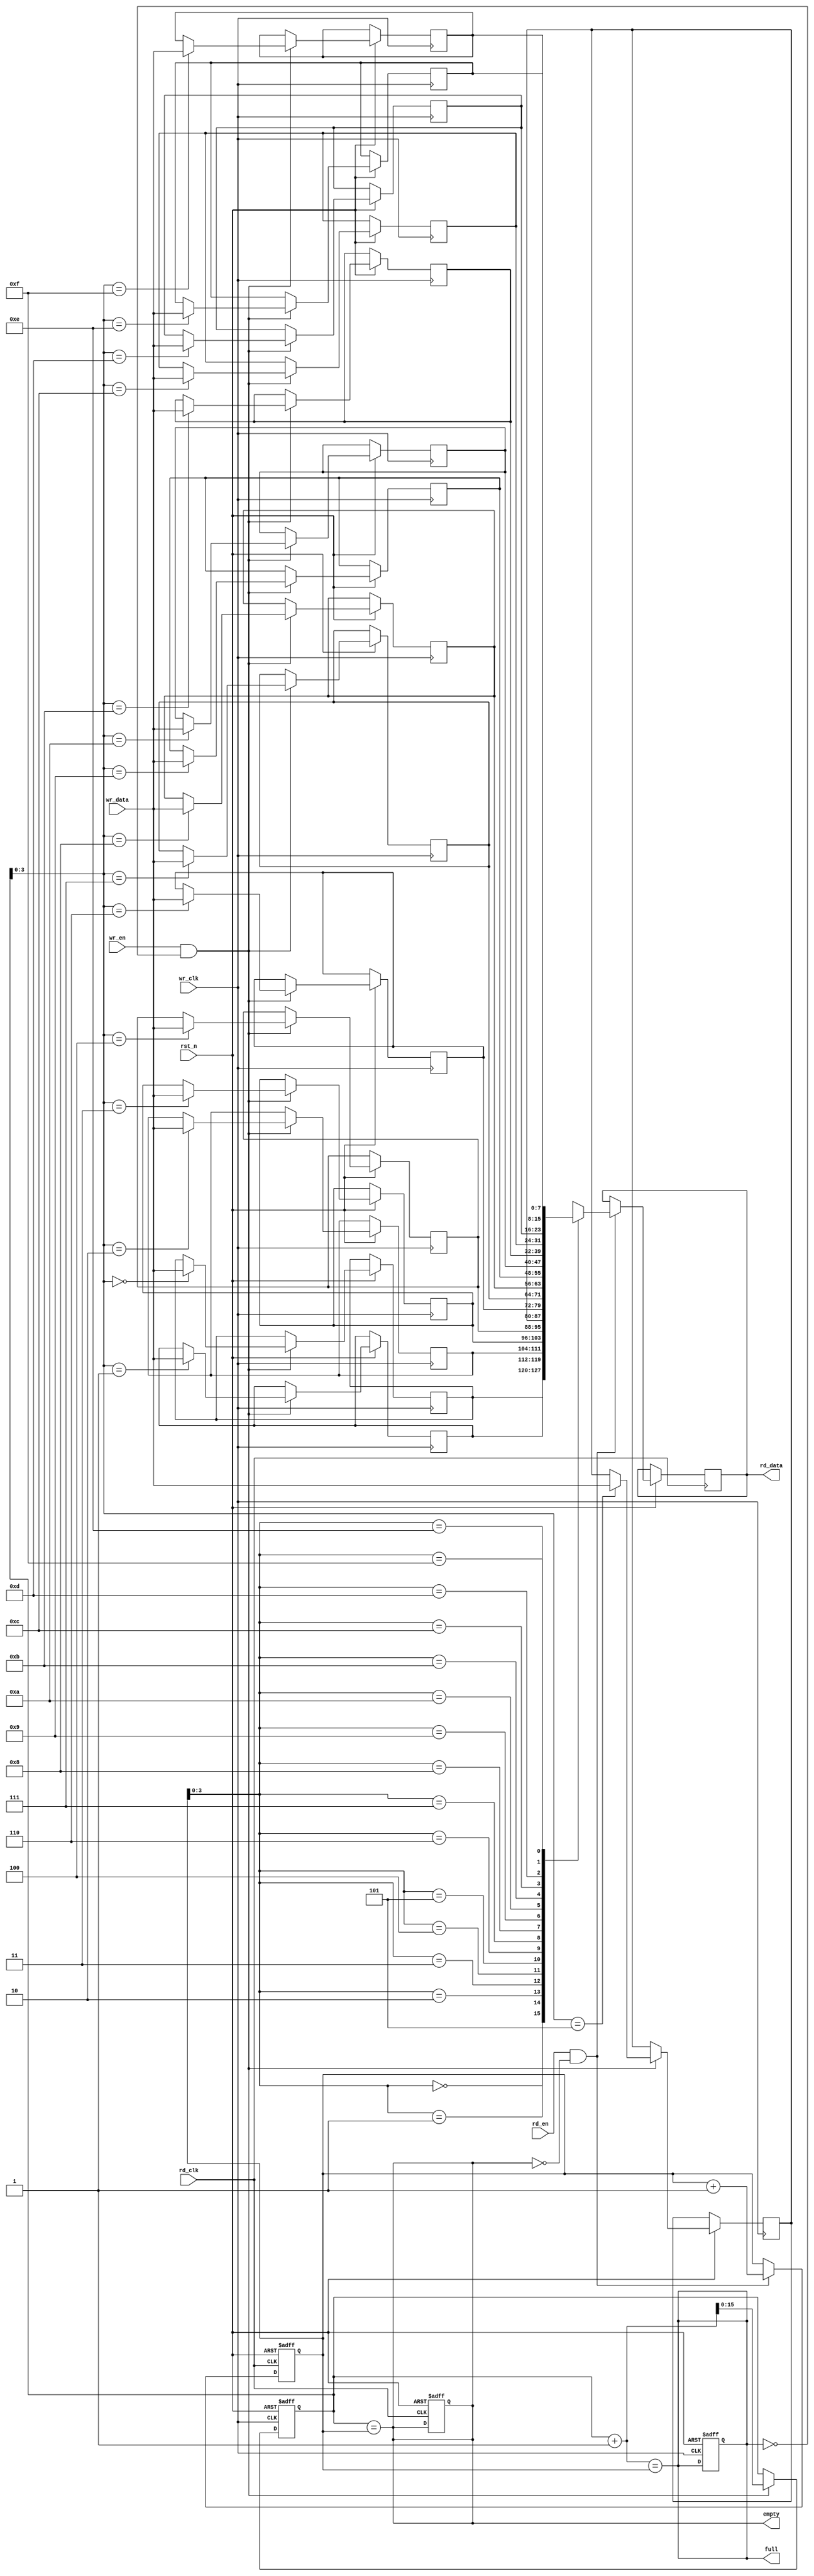
module async_fifo #(
    parameter DATA_WIDTH = 8,  // Data width
    parameter FIFO_DEPTH = 16   // FIFO depth (must be a power of 2)
)(
    input wire wr_clk,          // Write clock
    input wire rd_clk,          // Read clock
    input wire rst_n,           // Active low reset
    input wire wr_en,           // Write enable
    input wire rd_en,           // Read enable
    input wire [DATA_WIDTH-1:0] wr_data, // Data input
    output reg [DATA_WIDTH-1:0] rd_data, // Data output
    output reg full,            // FIFO full flag
    output reg empty            // FIFO empty flag
);

    // Memory array
    reg [DATA_WIDTH-1:0] fifo_mem [0:FIFO_DEPTH-1];

    // Write pointer and read pointer
    reg [FIFO_DEPTH-1:0] wr_ptr;
    reg [FIFO_DEPTH-1:0] rd_ptr;

    // Gray code conversion
    function [FIFO_DEPTH-1:0] to_gray(input [FIFO_DEPTH-1:0] binary);
        begin
            to_gray = binary ^ (binary >> 1);
        end
    endfunction

    // Synchronizing write pointer to read clock domain
    reg [FIFO_DEPTH-1:0] wr_ptr_gray;
    reg [FIFO_DEPTH-1:0] wr_ptr_sync;

    always @(posedge rd_clk or negedge rst_n) begin
        if (!rst_n) begin
            wr_ptr_sync <= 0;
        end else begin
            wr_ptr_sync <= wr_ptr_gray; // Synchronize write pointer to read clock
        end
    end

    // Synchronizing read pointer to write clock domain
    reg [FIFO_DEPTH-1:0] rd_ptr_gray;
    reg [FIFO_DEPTH-1:0] rd_ptr_sync;

    always @(posedge wr_clk or negedge rst_n) begin
        if (!rst_n) begin
            rd_ptr_sync <= 0;
        end else begin
            rd_ptr_sync <= rd_ptr_gray; // Synchronize read pointer to write clock
        end
    end

    // Write operation
    always @(posedge wr_clk or negedge rst_n) begin
        if (!rst_n) begin
            wr_ptr <= 0;
            full <= 0;
        end else if (wr_en && !full) begin
            fifo_mem[wr_ptr] <= wr_data; // Write data
            wr_ptr <= wr_ptr + 1;        // Increment write pointer
        end
    end

    // Read operation
    always @(posedge rd_clk or negedge rst_n) begin
        if (!rst_n) begin
            rd_ptr <= 0;
            empty <= 1;
        end else if (rd_en && !empty) begin
            rd_data <= fifo_mem[rd_ptr]; // Read data
            rd_ptr <= rd_ptr + 1;        // Increment read pointer
        end
    end

    // Full and empty flag logic
    always @(*) begin
        full = (wr_ptr + 1) == rd_ptr; // Full condition
        empty = (wr_ptr == rd_ptr);    // Empty condition
    end

    // Gray code pointer logic
    always @(posedge wr_clk or negedge rst_n) begin
        if (!rst_n) begin
            wr_ptr_gray <= 0;
        end else begin
            wr_ptr_gray <= to_gray(wr_ptr); // Convert write pointer to gray code
        end
    end

    always @(posedge rd_clk or negedge rst_n) begin
        if (!rst_n) begin
            rd_ptr_gray <= 0;
        end else begin
            rd_ptr_gray <= to_gray(rd_ptr); // Convert read pointer to gray code
        end
    end

endmodule